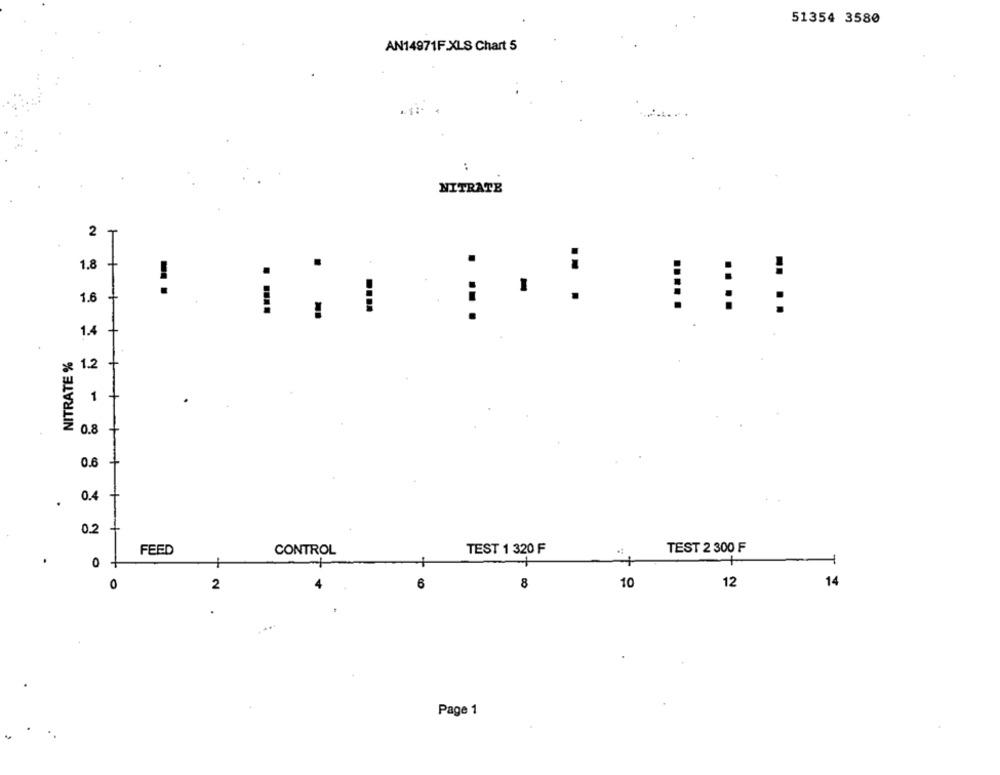
51354 3580
AN14971F.XLS Chart 5
NITRATE
2
1.8
+
..
-. .
-
1.6
....
..
1.4
NITRATE %
1.2
1
0.8 +
0.6
+
.
0.4
0.2
FEED
TEST 1 320 F
TEST 2 300 F
.
CONTROL
0
+
14
0
2
6
8
10
12
Page 1